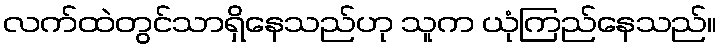
လက်ထဲတွင်သာရှိနေသည်ဟု သူက ယုံကြည်နေသည်။